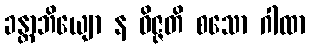
ခန္တာဘိယျော န ဝိဇ္ဇတိ စသော ဂါထာ